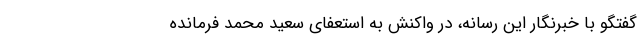
گفتگو با خبرنگار این رسانه، در واکنش به استعفای سعید محمد فرمانده